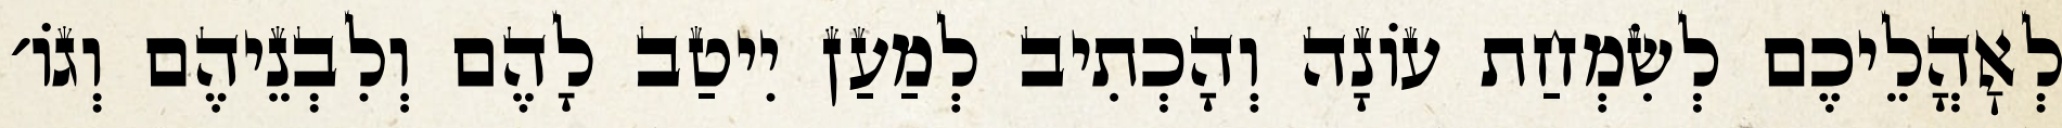
לְאׇהֳלֵיכֶם לְשִׂמְחַת עוֹנָה וְהָכְתִיב לְמַעַן יִיטַב לָהֶם וְלִבְנֵיהֶם וְגוֹ׳